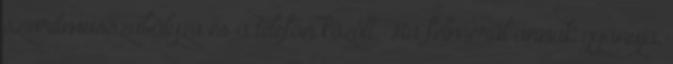
szívritmusszabályzó és a telefon között. Ha felmerül annak gyanúja,